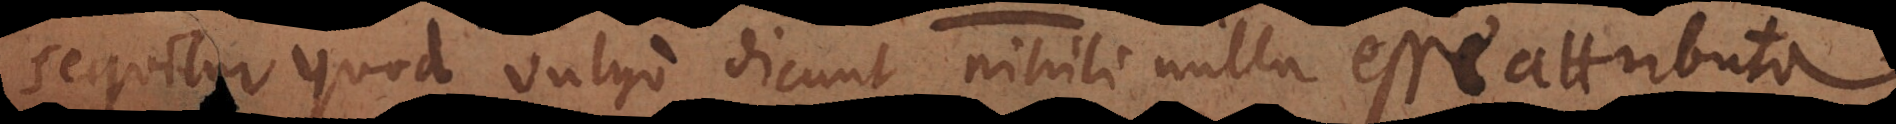
sequitur quod vulgo dicunt nihili nulla esse attributa